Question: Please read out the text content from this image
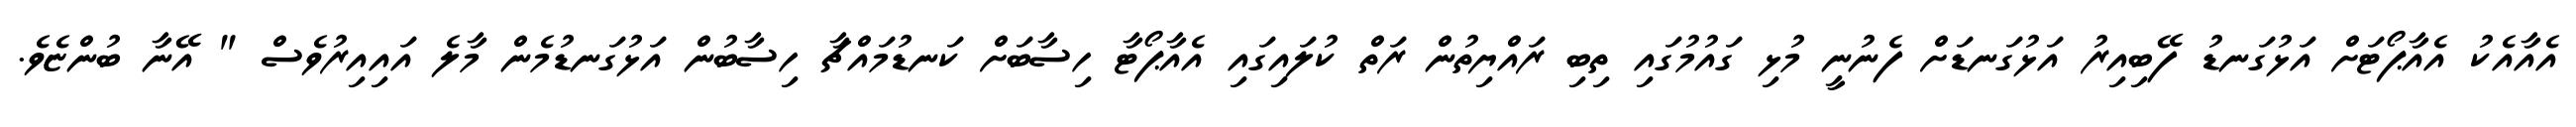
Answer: އެއާއެކު އެއާޕޯޓަށް އަޅުގަނޑު ފޭބިއިރު އަޅުގަނޑަށް ފެނުނީ މުޅި ގައުމުގައި ތިބި ރައްޔިތުން ރަތް ކުލައިގައި އެއާޕޯޓާ ހިސާބަށް ކަނޑުމައްޗާ ހިސާބުން އަޅުގަނޑުމެން މާލެ އައިއިރުވެސް " އޭނާ ބުންޏެވެ.